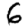
Digit: 6